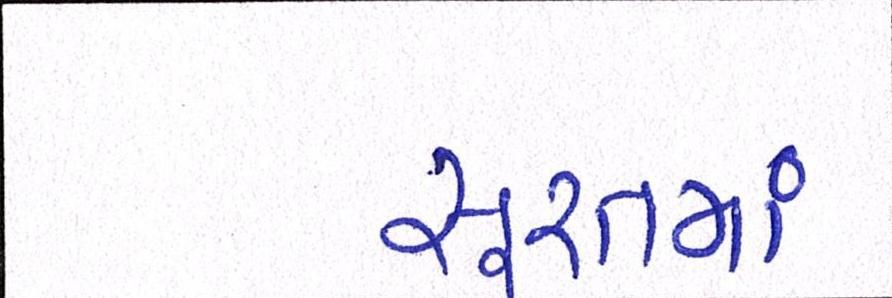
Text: સૂરતમાં